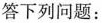
答下列问题：